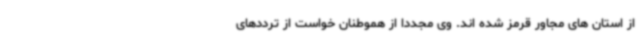
از استان های مجاور قرمز شده اند. وی مجددا از هموطنان خواست از ترددهای